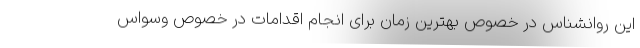
این روانشناس در خصوص بهترین زمان برای انجام اقدامات در خصوص وسواس